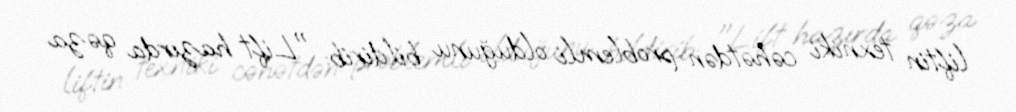
liftin texniki cəhətdən problemli olduğunu bildirib: "Lift hazırda qəza